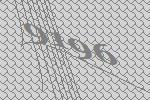
9196